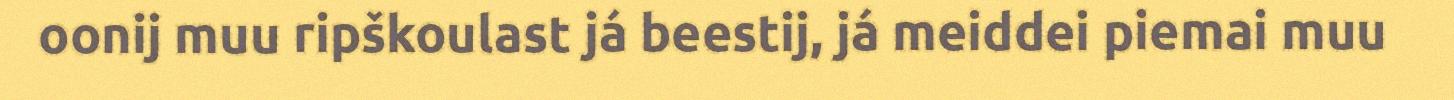
oonij muu ripškoulast já beestij, já meiddei piemai muu